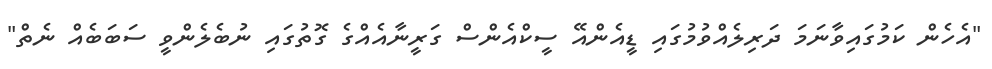
"އެހެން ކަމުގައިވާނަމަ ދަރިލެއްވުމުގައި ޑީއެންއޭ ސީކްއެންސް ގަރީނާއެއްގެ ގޮތުގައި ނުބެލެންވީ ސަބަބެއް ނެތް"